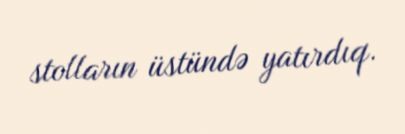
stolların üstündə yatırdıq.